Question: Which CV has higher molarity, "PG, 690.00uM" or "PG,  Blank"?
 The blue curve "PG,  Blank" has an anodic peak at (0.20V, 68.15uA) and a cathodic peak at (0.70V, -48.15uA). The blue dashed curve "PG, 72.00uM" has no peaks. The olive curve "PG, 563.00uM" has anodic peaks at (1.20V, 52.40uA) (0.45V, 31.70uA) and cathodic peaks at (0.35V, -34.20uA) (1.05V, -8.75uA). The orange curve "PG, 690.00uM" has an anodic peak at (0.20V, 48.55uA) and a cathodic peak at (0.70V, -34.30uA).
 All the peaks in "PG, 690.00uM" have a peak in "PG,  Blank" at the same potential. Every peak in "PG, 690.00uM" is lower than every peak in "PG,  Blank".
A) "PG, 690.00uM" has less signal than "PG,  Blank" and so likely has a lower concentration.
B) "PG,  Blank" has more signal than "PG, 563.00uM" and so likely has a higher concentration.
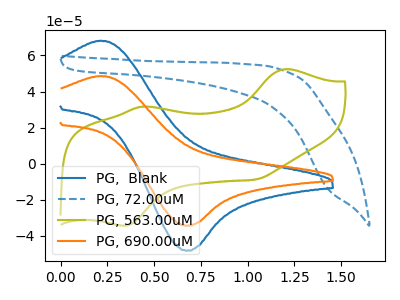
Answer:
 <answer>A) "PG, 690.00uM" has less signal than "PG,  Blank" and so likely has a lower concentration.</answer>
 <eval>A</eval>